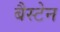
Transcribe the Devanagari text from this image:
बैस्टेन